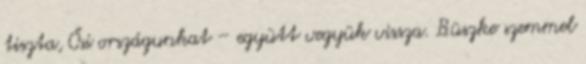
tiszta, Ősi országunkat – együtt vegyük vissza. Büszke szemmel